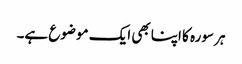
ہر سورہ کا اپنا بھی ایک موضوع ہے۔